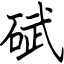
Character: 碔